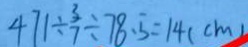
4 7 1 \div \frac { 3 } { 7 } \div 7 8 . 5 = 1 4 ( c m )